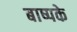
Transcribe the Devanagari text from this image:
बाष्पके